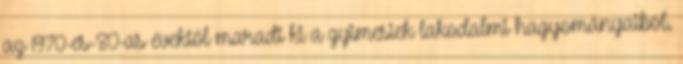
az 1970-es-80-as évektől maradt ki a gyimesiek lakodalmi hagyományaiból.